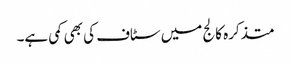
متذکرہ کالج میں سٹاف کی بھی کمی ہے۔